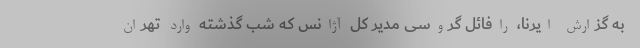
به گزارش ایرنا، رافائل گروسی مدیر کل آژانس که شب گذشته وارد تهران